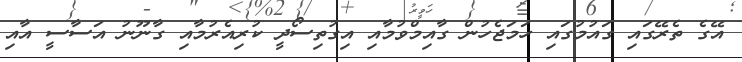
އޭގެ ތެރޭގައި ގައުމުގައި ހަމަޖެހުން ގާއިމްވުމާއި އިގުތިސޯދީ ކުރިއެރުމާއި ގާނޫނު އަސާސީ އާއި